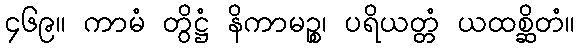
၄၆၉။ ကာမံ တွိဋ္ဌံ နိကာမဉ္စ၊ ပရိယတ္တံ ယထစ္ဆိတံ။